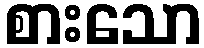
စားသော